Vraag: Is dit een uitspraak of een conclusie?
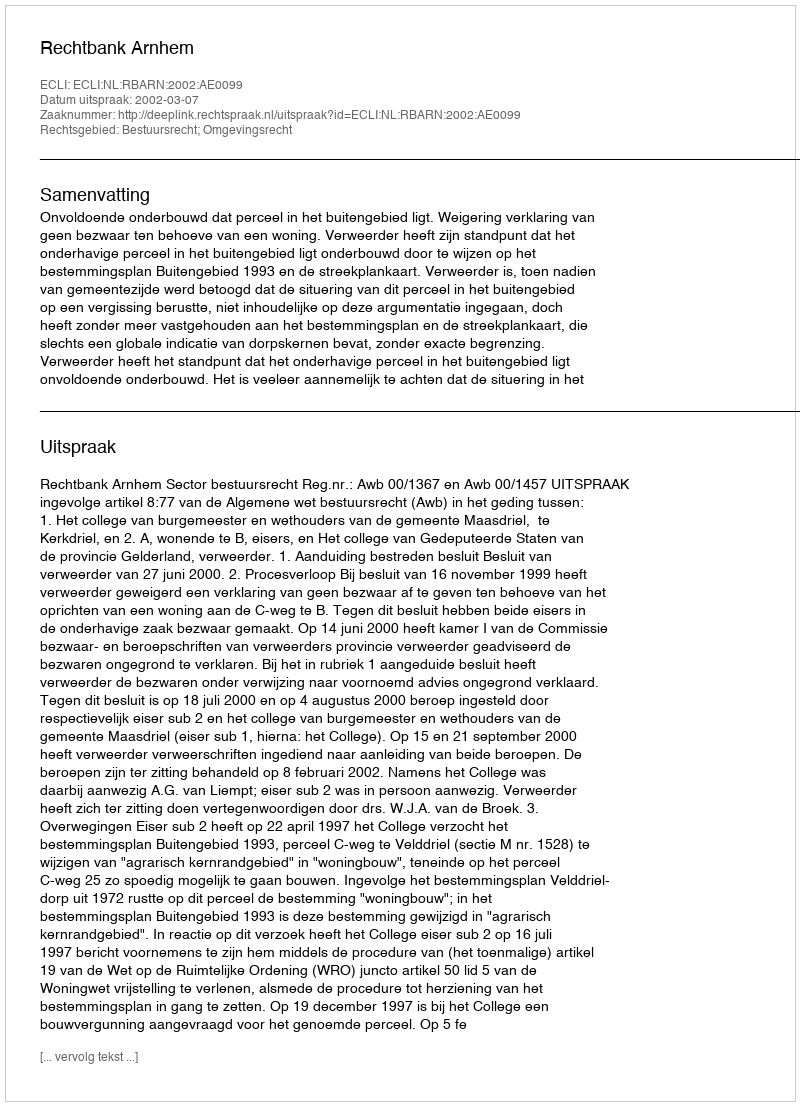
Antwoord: Uitspraak